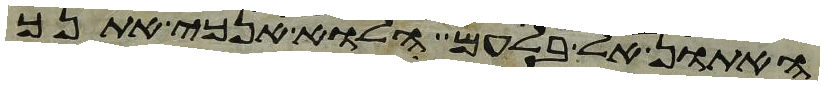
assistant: האתון אל בלעם הלוא אנכי אתנך